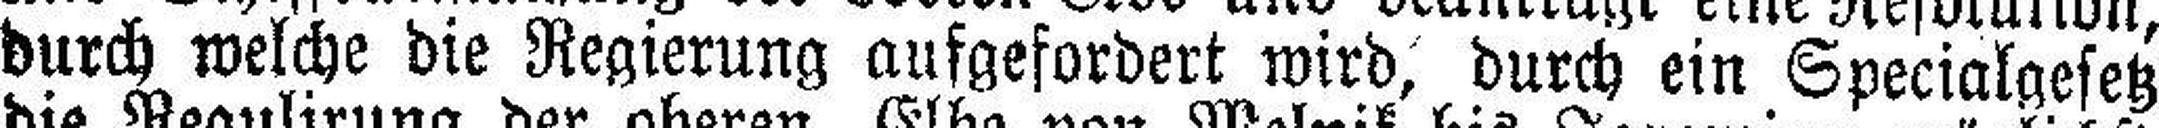
durch welche die Regierung aufgefordert wird, durch ein Specialgesetz